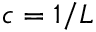
c = 1 / L